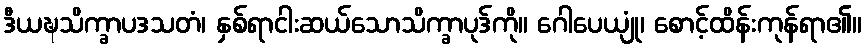
ဒီယဍ္ဎသိက္ခာပဒသတံ၊ နှစ်ရာငါးဆယ်သောသိက္ခာပုဒ်ကို။ ဂေါပေယျုံ၊ စောင့်ထိန်းကုန်ရာ၏။